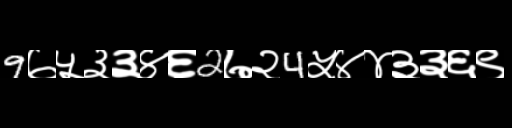
Text: 9७५३३४६2७२4५४४३३६९